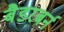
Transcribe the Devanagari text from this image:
बैडरबर्न